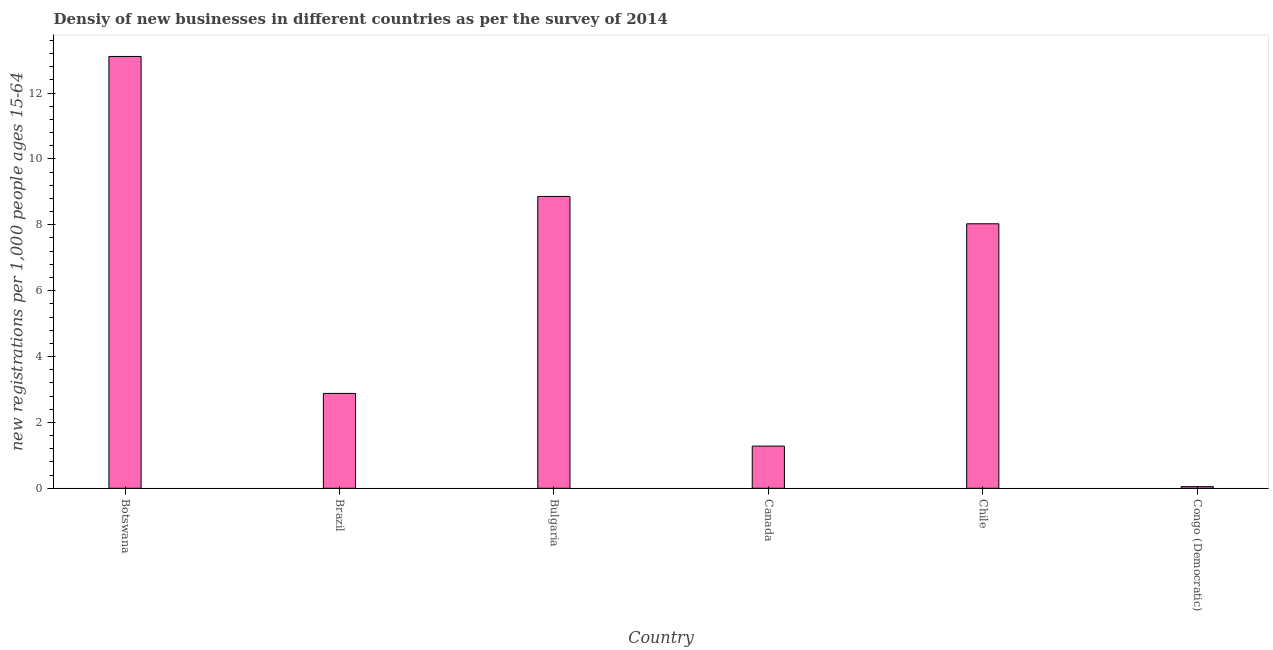
| Country | New business density |
 | --- | --- |
 | Botswana | 13.1 |
 | Brazil | 2.88 |
 | Bulgaria | 8.86 |
 | Canada | 1.28 |
 | Chile | 8.03 |
 | Congo (Democratic) | 0.05 |